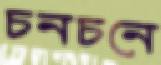
চনচনে